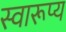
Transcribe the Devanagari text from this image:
स्वारूप्य